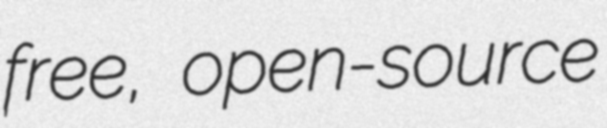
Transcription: free, open-source